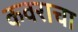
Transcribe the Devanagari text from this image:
कवराचा